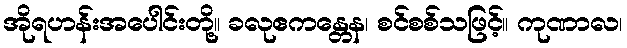
အိုရဟန်းအပေါင်းတို့။ ခလုဧကန္တေန၊ စင်စစ်သဖြင့်။ ကုဏာလ၊